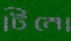
টিনো